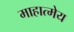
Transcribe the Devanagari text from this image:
माहात्मेय